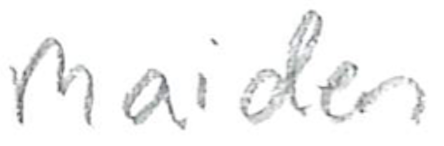
Text: maiden
Cross-out: clean
Writing tool: pencil